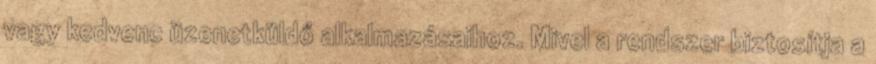
vagy kedvenc üzenetküldő alkalmazásaihoz. Mivel a rendszer biztosítja a